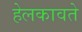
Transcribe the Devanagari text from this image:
हेलकावते